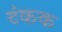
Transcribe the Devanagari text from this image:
टंकक